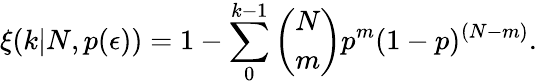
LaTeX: \xi(k|N,p(\epsilon))=1-\sum_{0}^{k-1}\binom Nmp^{m}(1-p)^{(N-m)}.